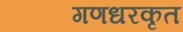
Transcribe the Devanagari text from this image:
गणधरकृत